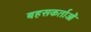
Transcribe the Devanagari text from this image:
बहसकर्ताओं